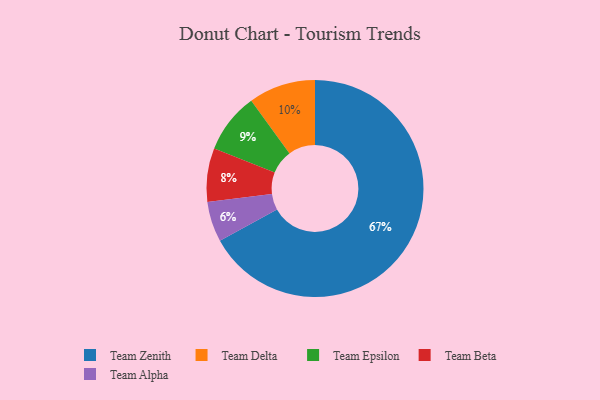
{"axis": {"x": "Category", "y": "Percentage"}, "legend": ["Team Alpha", "Team Beta", "Team Delta", "Team Epsilon", "Team Zenith"], "data": [{"x": "Team Alpha", "y": 6, "type": "Team Alpha"}, {"x": "Team Zenith", "y": 67, "type": "Team Zenith"}, {"x": "Team Epsilon", "y": 9, "type": "Team Epsilon"}, {"x": "Team Beta", "y": 8, "type": "Team Beta"}, {"x": "Team Delta", "y": 10, "type": "Team Delta"}]}